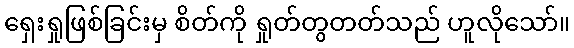
ရှေးရှုဖြစ်ခြင်းမှ စိတ်ကို ရှုတ်တွတတ်သည် ဟူလိုသော်။